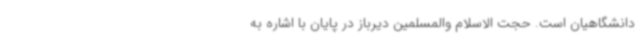
دانشگاهیان است. حجت الاسلام والمسلمین دیرباز در پایان با اشاره به